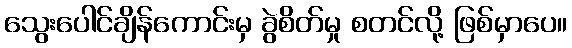
သွေးပေါင်ချိန်ကောင်းမှ ခွဲစိတ်မှု စတင်လို့ ဖြစ်မှာပေ။